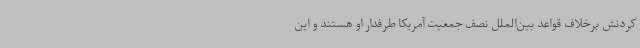
کردنش برخلاف قواعد بین‌الملل نصف جمعیت آمریکا طرفدار او هستند و این